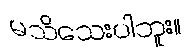
မသိသေးပါဘူး။